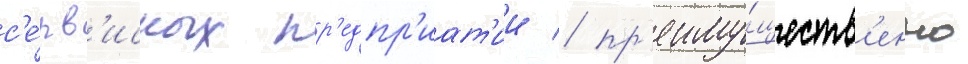
с'е́рв'исных пр'едпр'иат'ии / пр'еиму́ществ'енно